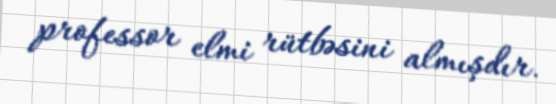
professor elmi rütbəsini almışdır.